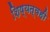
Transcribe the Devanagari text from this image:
शिष्यत्वही